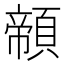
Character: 䫕